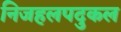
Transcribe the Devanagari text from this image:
निजहलपदुकल